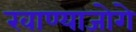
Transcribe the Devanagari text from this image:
खाण्याजोगे